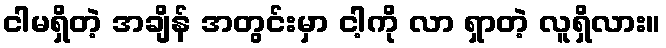
ငါမရှိတဲ့ အချိန် အတွင်းမှာ ငါ့ကို လာ ရှာတဲ့ လူရှိလား။